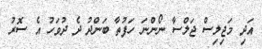
އަދި މަޖިލިސް ޖަލްސާ ނޯންނަ ހަފުތާ ބަންދު ދެ ދުވަހު އެ ސޮރު